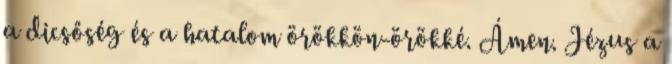
a dicsőség és a hatalom örökkön-örökké. Ámen. Jézus a